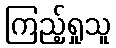
ကြည့်ရှုသူ